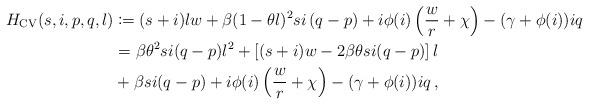
LaTeX: \begin{align*}H_{\mathrm{CV}}(s,i,p,q,l)&\coloneqq (s+i)lw+\beta(1-\theta l)^2si\left(q-p\right) +i\phi(i)\left(\frac{w}{r}+\chi\right)-(\gamma+\phi(i))iq \\&= \beta \theta^2 si (q-p) l^2 + \left[(s+i)w - 2\beta \theta si (q-p)\right] l \\&+ \beta si (q-p) + i\phi(i)\left(\frac{w}{r}+\chi\right)-(\gamma+\phi(i))iq\, ,\end{align*}